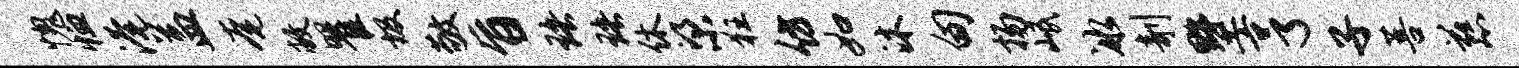
愧恤淹益奄敝瞿圾敬旨珞珞休梁狂仿如沐甸扬岷冰剞墅亨子菩慈